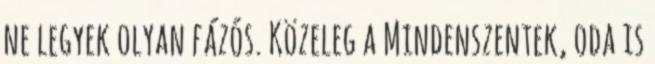
ne legyek olyan fázós. Közeleg a Mindenszentek, oda is